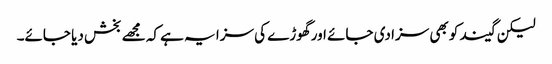
لیکن گیند کو بھی سزا دی جائے اور گھوڑے کی سزا یہ ہے کہ مجھے بخش دیا جائے۔